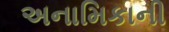
અનામિકાની